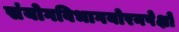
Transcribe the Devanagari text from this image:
संयोगविभागयोरनपेक्षो